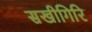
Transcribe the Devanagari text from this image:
सखीगिरि